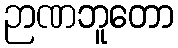
ဉာဏဘူတော